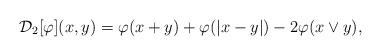
LaTeX: \begin{align*}\mathcal{D}_2[\varphi](x,y)=\varphi(x+y)+\varphi(|x-y|)-2\varphi(x\vee y),\end{align*}